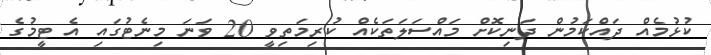
ކުޅުމެއް ދައްކަމުން ދަނިކޮށް މައްސަލަތަކެއް ކުރިމަތިވީ 20 ވަނަ މިނެޓުގައި އެ ޓީމުގެ